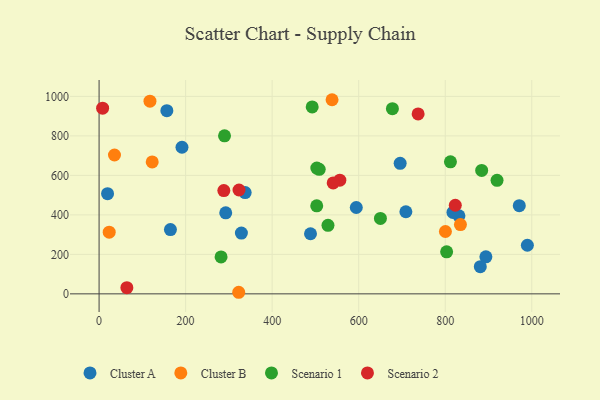
{"axis": {"x": "Investment", "y": "Yield"}, "legend": ["Cluster A", "Cluster B", "Scenario 1", "Scenario 2"], "data": [{"x": "831.6", "y": 395.1, "type": "Cluster A"}, {"x": "709.0", "y": 415.8, "type": "Cluster A"}, {"x": "893.9", "y": 187.4, "type": "Cluster A"}, {"x": "337.6", "y": 513.1, "type": "Cluster A"}, {"x": "191.6", "y": 742.5, "type": "Cluster A"}, {"x": "695.8", "y": 661.1, "type": "Cluster A"}, {"x": "156.6", "y": 927.9, "type": "Cluster A"}, {"x": "292.7", "y": 410.3, "type": "Cluster A"}, {"x": "164.9", "y": 325.4, "type": "Cluster A"}, {"x": "488.6", "y": 304.4, "type": "Cluster A"}, {"x": "817.8", "y": 412.6, "type": "Cluster A"}, {"x": "989.8", "y": 246.2, "type": "Cluster A"}, {"x": "594.4", "y": 437.3, "type": "Cluster A"}, {"x": "971.1", "y": 446.6, "type": "Cluster A"}, {"x": "881.0", "y": 137.6, "type": "Cluster A"}, {"x": "19.6", "y": 507.4, "type": "Cluster A"}, {"x": "328.9", "y": 307.8, "type": "Cluster A"}, {"x": "117.6", "y": 975.8, "type": "Cluster B"}, {"x": "322.7", "y": 8.0, "type": "Cluster B"}, {"x": "800.4", "y": 315.8, "type": "Cluster B"}, {"x": "122.8", "y": 668.4, "type": "Cluster B"}, {"x": "35.6", "y": 703.2, "type": "Cluster B"}, {"x": "538.4", "y": 983.2, "type": "Cluster B"}, {"x": "835.1", "y": 350.8, "type": "Cluster B"}, {"x": "23.4", "y": 312.2, "type": "Cluster B"}, {"x": "503.0", "y": 445.9, "type": "Scenario 1"}, {"x": "677.9", "y": 938.0, "type": "Scenario 1"}, {"x": "289.9", "y": 800.6, "type": "Scenario 1"}, {"x": "529.0", "y": 346.9, "type": "Scenario 1"}, {"x": "281.9", "y": 186.9, "type": "Scenario 1"}, {"x": "650.2", "y": 382.1, "type": "Scenario 1"}, {"x": "508.7", "y": 630.6, "type": "Scenario 1"}, {"x": "492.5", "y": 946.8, "type": "Scenario 1"}, {"x": "919.7", "y": 575.2, "type": "Scenario 1"}, {"x": "884.2", "y": 625.3, "type": "Scenario 1"}, {"x": "503.2", "y": 637.1, "type": "Scenario 1"}, {"x": "812.0", "y": 668.5, "type": "Scenario 1"}, {"x": "803.2", "y": 212.9, "type": "Scenario 1"}, {"x": "288.3", "y": 523.2, "type": "Scenario 2"}, {"x": "556.4", "y": 575.7, "type": "Scenario 2"}, {"x": "8.2", "y": 940.2, "type": "Scenario 2"}, {"x": "541.0", "y": 561.6, "type": "Scenario 2"}, {"x": "823.2", "y": 448.8, "type": "Scenario 2"}, {"x": "64.2", "y": 31.1, "type": "Scenario 2"}, {"x": "323.4", "y": 526.0, "type": "Scenario 2"}, {"x": "737.3", "y": 911.4, "type": "Scenario 2"}]}